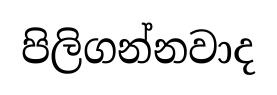
පිලිගන්නවාද